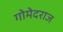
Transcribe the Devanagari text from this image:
गोमेदराज